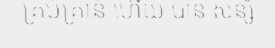
គ្រប់គ្រាន់ ហើយ បាន សន្សំ